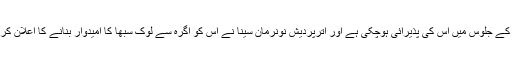
رام نومی کے جلوس میں اس کی پذیرائی ہوچکی ہے اور اترپردیش نونرمان سینا نے اس کو آگرہ سے لوک سبھا کا امیدوار بنانے کا اعلان کررکھا ہے۔